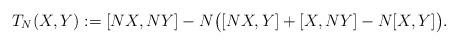
LaTeX: \begin{align*} T_N(X,Y):=[NX,NY]-N\big([NX,Y]+[X,NY]-N[X,Y]\big). \end{align*}